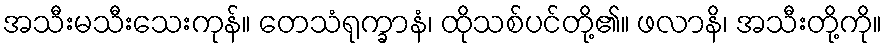
အသီးမသီးသေးကုန်။ တေသံရုက္ခာနံ၊ ထိုသစ်ပင်တို့၏။ ဖလာနိ၊ အသီးတို့ကို။